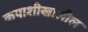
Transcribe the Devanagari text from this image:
कपाशीखालील